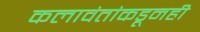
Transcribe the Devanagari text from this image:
कलावंतांकडूनही